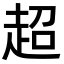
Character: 超